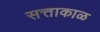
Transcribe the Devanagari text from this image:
सत्ताकाळ